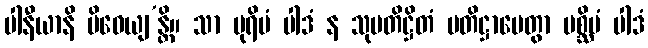
ပါနီယာနိ ပိဝေယျ’န္တိ။ သာ ပုရိမံ ပါဒံ န သုပတိဋ္ဌိတံ ပတိဋ္ဌာပေတွာ ပစ္ဆိမံ ပါဒံ